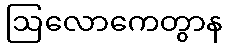
ဩလောကေတွာန